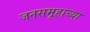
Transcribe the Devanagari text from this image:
जनसमूहाच्‍या